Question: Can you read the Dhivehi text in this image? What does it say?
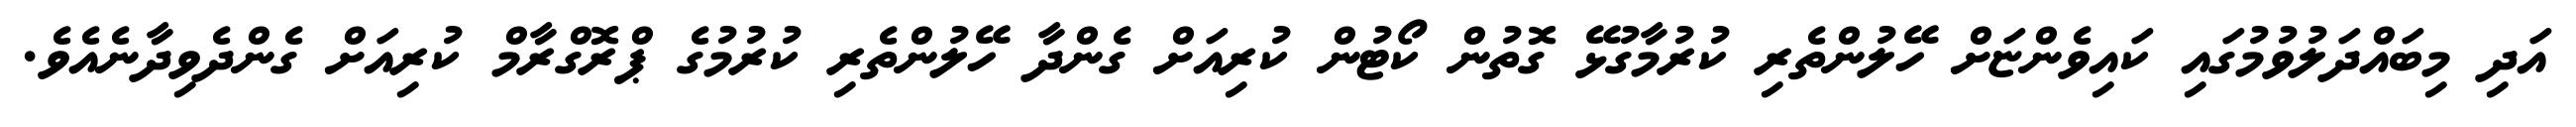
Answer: އަދި މިބައްދަލުވުމުގައި ކައިވެންޏަށް ހޭލުންތެރި ކުރުމާގުޅޭ ގޮތުން ކޯޓުން ކުރިއަށް ގެންދާ ހޭލުންތެރި ކުރުމުގެ ޕްރޮގްރާމް ކުރިއަށް ގެންދެވިދާނެއެވެ.